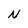
Character: N